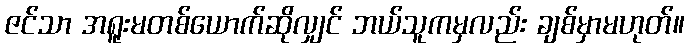
ဇင်သာ အရူးမတစ်ယောက်ဆိုလျှင် ဘယ်သူကမှလည်း ချစ်မှာမဟုတ်။